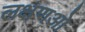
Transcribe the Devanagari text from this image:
लक्षणओ